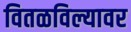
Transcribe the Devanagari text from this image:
वितळविल्यावर